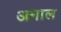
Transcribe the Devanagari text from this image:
अनाल